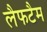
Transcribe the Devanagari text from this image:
लैफटैम